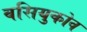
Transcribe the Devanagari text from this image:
वसियुकोव